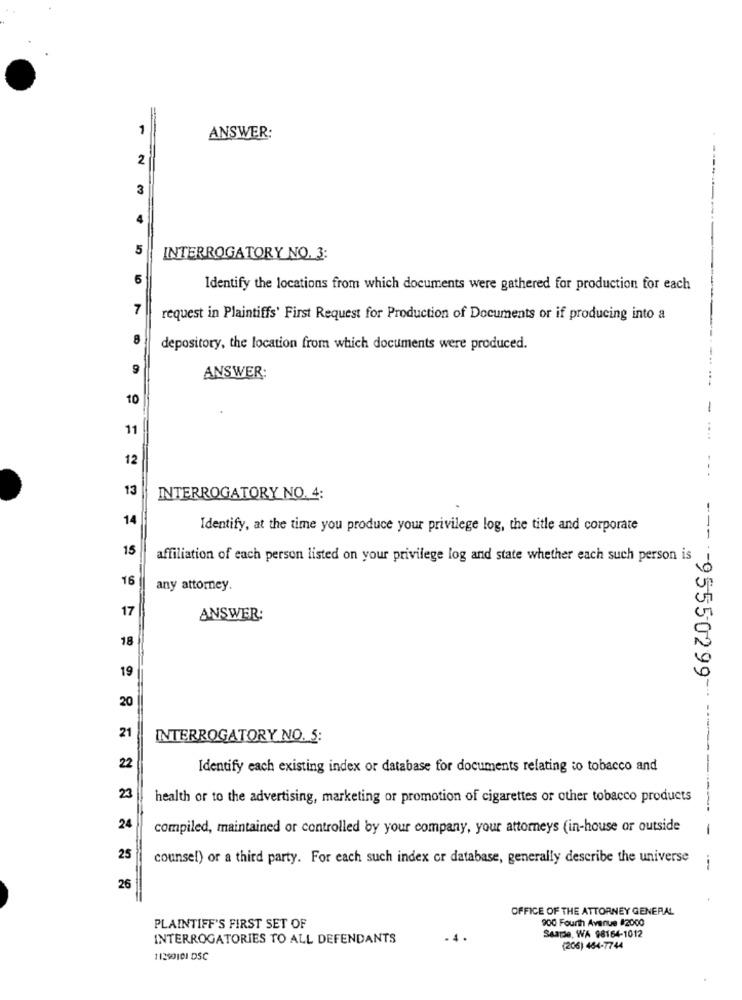
1
ANSWER:
2
---
3
5
INTERROGATORY NO. 3:
6
Identify the locations from which documents were gathered for production for each
7
request in Plaintiffs' First Request for Production of Documents or if producing into a
8
depository, the location from which documents were produced.
9
ANSWER:
10
-
11
12
13
INTERROGATORY NO. 4:
14
Identify, at the time you produce your privilege log, the title and corporate
15
affiliation of each person listed on your privilege log and state whether each such person is
16
any attorney.
17
ANSWER:
18
19
---- 95550299-
20
21
INTERROGATORY NO. 5:
22
Identify each existing index or database for documents relating to tobacco and
23
health or to the advertising, marketing or promotion of cigarettes or other tobacco products
24
compiled, maintained or controlled by your company, your attorneys (in-house or outside
-
25
counsel) or a third party. For each such index or database, generally describe the universe
---
26
OFFICE OF THE ATTORNEY GENERAL
900 Fourth Avenue #2000
PLAINTIFF'S FIRST SET OF
INTERROGATORIES TO ALL DEFENDANTS
Seatde, WA 98164-1012
(206) 464-7744
11250101 DSC